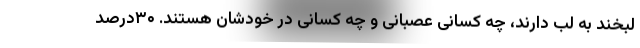
لبخند به لب دارند، چه کسانی عصبانی و چه کسانی در خودشان هستند. ۳۰درصد